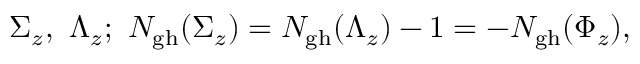
\Sigma _ { z } , \ \Lambda _ { z } ; \ N _ { \mathrm { g h } } ( \Sigma _ { z } ) = N _ { \mathrm { g h } } ( \Lambda _ { z } ) - 1 = - N _ { \mathrm { g h } } ( \Phi _ { z } ) ,